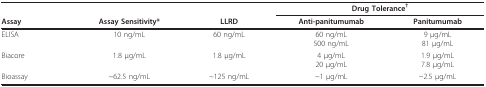
|  |  |  | <COLSPAN=2> Drug Tolerance† |
 | Assay | Assay Sensitivity* | LLRD | Anti-panitumumab | Panitumumab |
 | --- | --- | --- | --- | --- |
 | ELISA | 10 ng/mL | 60 ng/mL | 60 ng/mL500 ng/mL | 9 μg/mL81 μg/mL |
 | Biacore | 1.8 μg/mL | 1.8 μg/mL | 4 μg/mL20 μg/mL | 1.9 μg/mL7.8 μg/mL |
 | Bioassay | ~62.5 ng/mL | ~125 ng/mL | ~1 μg/mL | ~2.5 μg/mL |